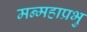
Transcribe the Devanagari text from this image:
मन्महाप्रभु